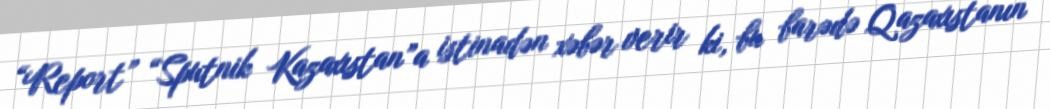
“Report” “Sputnik Kazaxıstan”a istinadən xəbər verir ki, bu barədə Qazaxıstanın